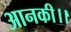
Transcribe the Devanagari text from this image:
आनकी।।